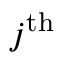
j ^ { \mathrm { t h } }